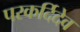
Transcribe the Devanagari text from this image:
परकर्दिदेव